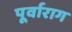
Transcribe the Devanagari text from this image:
पूर्वाराग